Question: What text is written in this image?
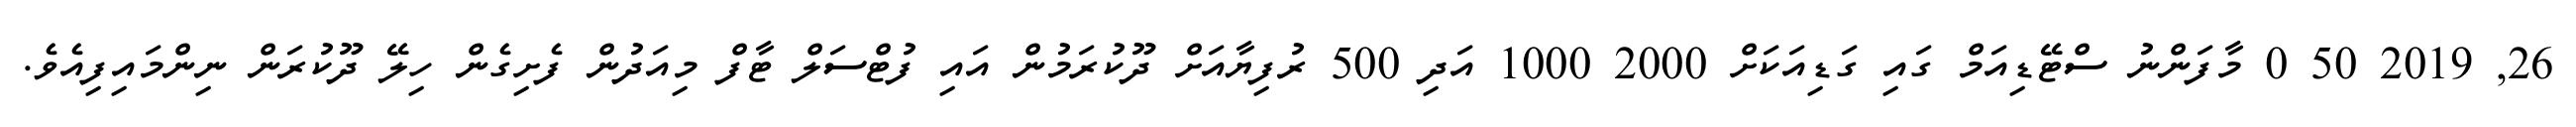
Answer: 26, 2019 50 0 މާފަންނު ސްޓޭޑިއަމް ގައި ގަޑިއަކަށް 2000 1000 އަދި 500 ރުފިޔާއަށް ދޫކުރަމުން އައި ފުޓްސަލް ޓާފް މިއަދުން ފެށިގެން ހިލޭ ދޫކުރަން ނިންމައިފިއެވެ.